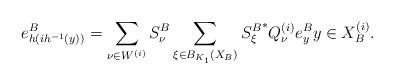
LaTeX: \begin{align*}e_{h(ih^{-1}(y))}^B = \sum_{\nu \in W^{(i)}} S_{\nu}^B \sum_{\xi\in B_{K_1}(X_B)}{S_\xi^B}^* Q_\nu^{(i)} e_y^B y \in X_B^{(i)}.\end{align*}